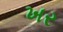
ખર